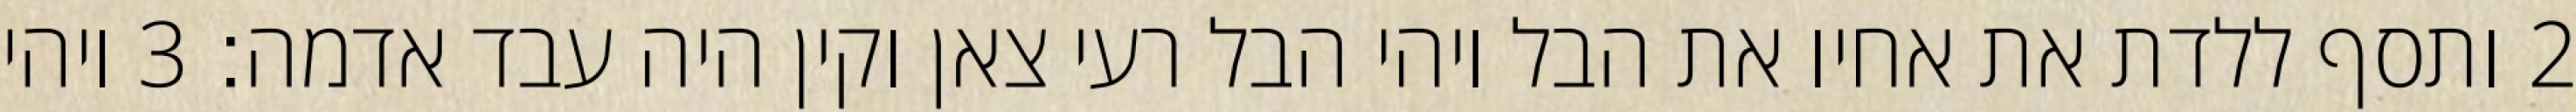
‎2‏ ותסף ללדת את אחיו את הבל ויהי הבל רעי צאן וקין היה עבד אדמה׃ ‎3‏ ויהי